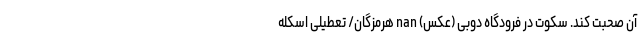
آن صحبت کند. سکوت در فرودگاه دوبی (عکس) nan هرمزگان/ تعطیلی اسکله